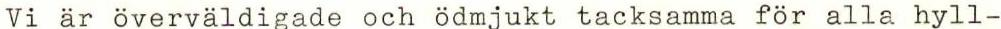
Vi är överväldigade och ödmjukt tacksamma för alla hyll-